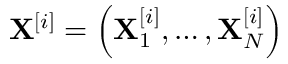
\mathbf { X } ^ { [ i ] } = \left( \mathbf { X } _ { 1 } ^ { [ i ] } , \ldots , \mathbf { X } _ { N } ^ { [ i ] } \right)